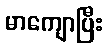
မာကျောပြီး